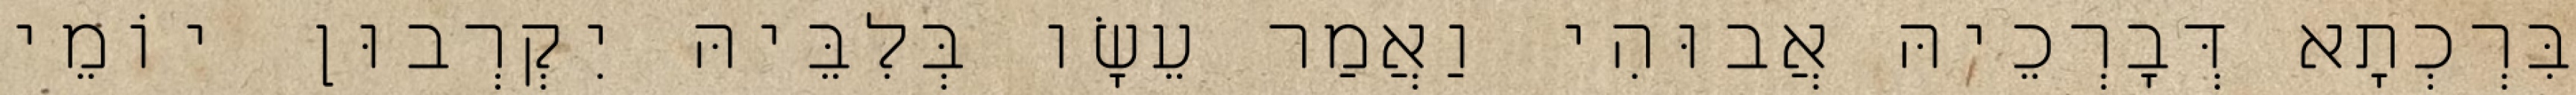
בִּרְכְתָא דְּבָרְכֵיהּ אֲבוּהִי וַאֲמַר עֵשָׂו בְּלִבֵּיהּ יִקְרְבוּן יוֹמֵי